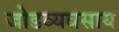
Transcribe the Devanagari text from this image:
जोडव्यवसाय